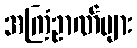
အကြံဥာဏ်များ